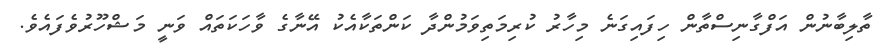
ތާލިބާނުން އަފްގާނިސްތާން ހިފައިގަނެ މިހާރު ކުރިމަތިވަމުންދާ ކަންތަކާއެކު އޭނާގެ ވާހަކަތައް ވަނީ މަޝްހޫރުވެފައެވެ.